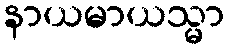
နာယမာယသ္မာ